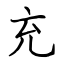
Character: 充